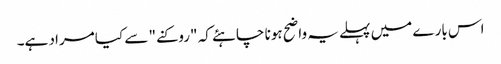
اس بارے میں پہلے یہ واضح ہونا چاہئے کہ "روکنے" سے کیا مراد ہے۔